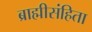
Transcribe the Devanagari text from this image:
ब्राह्मीसंहिता